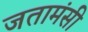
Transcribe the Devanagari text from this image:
जतामंसी